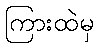
ကြားထဲမှ